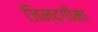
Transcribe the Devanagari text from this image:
जिन्दगीमा